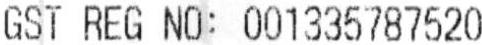
GST REG NO: 001335787520